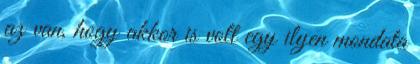
az van, hogy akkor is volt egy ilyen mondata